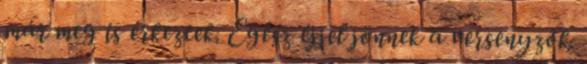
már meg is érkeztek. Egész éjjel jönnek a versenyzôk.